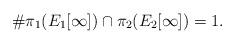
LaTeX: \begin{align*}\#\pi_{1}(E_{1}[\infty])\cap\pi_{2}(E_{2}[\infty])=1.\end{align*}